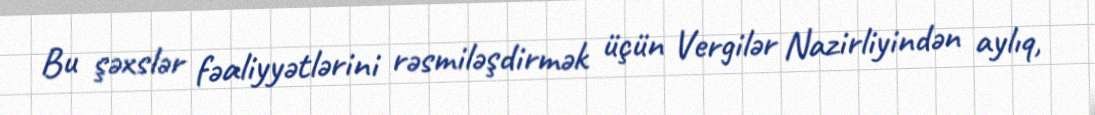
Bu şəxslər fəaliyyətlərini rəsmiləşdirmək üçün Vergilər Nazirliyindən aylıq,